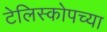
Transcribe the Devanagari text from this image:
टेलिस्कोपच्या